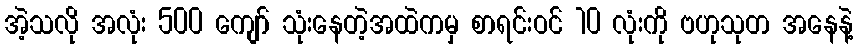
အဲ့သလို အလုံး 500 ကျော် သုံးနေတဲ့အထဲကမှ စာရင်းဝင် 10 လုံးကို ဗဟုသုတ အနေနဲ့